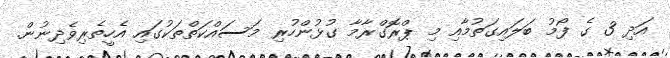
އަދި 3 ގެ ފޯމު ބަލައިގަތުމާއި މި ޕްރޮގްރާމާ ގުޅުންހުރި މަސައްކަތްތަކުގައި އެހީތެރިވެދިނުން.